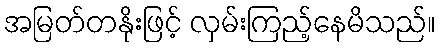
အမြတ်တနိုးဖြင့် လှမ်းကြည့်နေမိသည်။